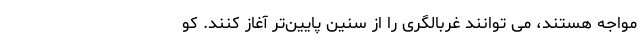
مواجه هستند، می توانند غربالگری را از سنین پایین‌تر آغاز کنند. کو